Lunatic asylums Madras 1877-1891 - 1877-1891
Year: 1877
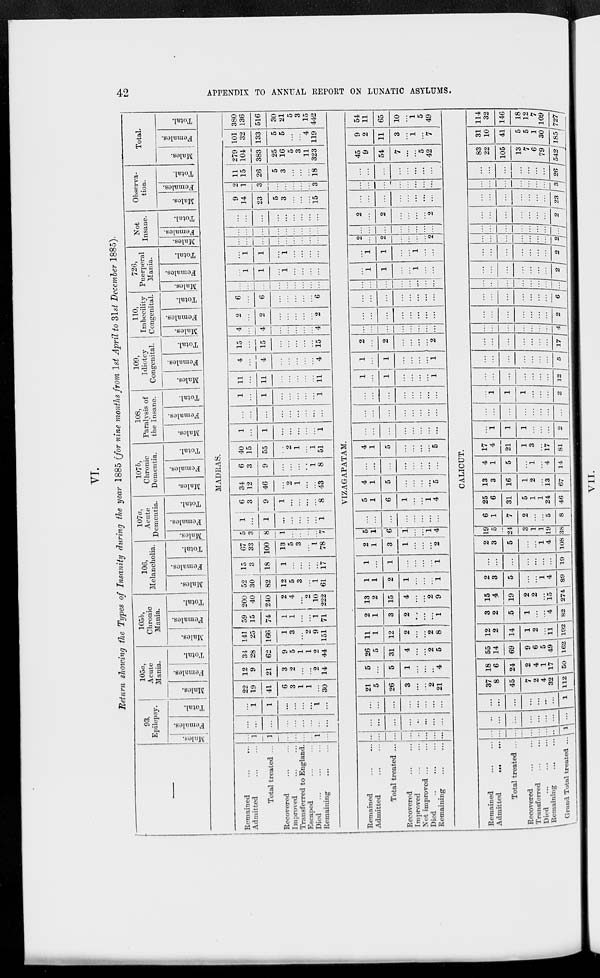
42
APPENDIX TO ANNUAL REPORT ON LUNATIC ASYLUMS.
VI.
Return showing the Types of Insanity during the year 1885 for nine months from 1st April to 31st December 1885).
93,
Epilepsy.
Males.
Females.
Total.
105a,
Acute
Mania.
Males.
Females.
Total.
105 b,
Chronic
Mania.
Males.
Females.
Total.
106,
Melancholia.
Males.
Females.
Total.
107a,
Acute
Dementia.
Males.
|
Females.
Total.
107b,
Chronic
Dementia.
Males.
Females.
Total.
108,
Paralysis of
the Insane.
Males.
Females.
Total.
109,
Idiotcy
Congenital.
Males.
Females.
Total.
110,
Imbecility
Congenital.
Males.
Females.
Total.
726,
Puerperal
Mania.
Males.
Females.
Total.
Not
Insane.
Males.
Females.
Total.
Observa-
tion.
Males.
Females.
Total.
Total.
Males.
Females.
Total.
MADRAS.
Remained
...
...
Admitted ... ...
Total treated ...
Recovered
...
...
Improved ... ...
Transferred to England.
Escaped ... ...
Died
...
...
Remaining ... ...
...
1
1
...
...
...
...
1
...
...
...
...
...
...
...
...
...
...
...
1
1
...
...
...
...
1
...
22
19
41
6
3
1
1
...
30
12
9
21
3
2
...
...
2
14
34
28
62
9
5
1
1
2
44
141
25
166
1
3
...
2
9
151
59
15
74
1
1
...
...
1
71
200
40
240
2
4
...
2
10
222
52
30
82
12
5
3
...
1
61
15
3
18
1
...
...
...
...
17
67
33
100
13
5
3
...
1
78
5
3
8
1
...
...
...
...
7
1
...
1
...
...
...
...
...
1
6
3
9
1
...
...
...
...
8
34
12
46
...
2
1
...
...
43
6
3
9
...
...
...
...
1
8
40
15
55
...
2
1
...
1
51
1
...
1
...
...
...
...
...
1
...
...
...
...
...
...
...
...
...
1
...
1
...
...
...
...
...
1
11
...
11
...
...
...
...
...
11
4
...
4
...
...
...
...
...
4
15
...
15
...
...
...
...
...
15
4
...
4
...
...
...
...
...
4
2
...
2
...
...
...
...
...
2
6
...
6
...
...
...
...
...
6
...
...
...
...
...
...
...
...
...
...
1
1
...
1
...
...
...
...
...
1
1
...
1
...
...
...
...
...
...
...
...
...
...
...
...
...
...
...
...
...
...
...
...
...
...
...
...
...
...
...
...
...
...
...
9
14
23
5
3
...
...
...
15
2
1
3
...
...
...
...
...
3
11
15
26
5
3
...
...
...
18
279
104
383
25
16
5
3
11
323
101
32
133
5
5
...
...
4
119
380
136
516
30
21
5
3
15
442
VIZAGAPATAM.
Remained
...
...
Admitted
...
...
Total treated ...
Recovered ... ...
Improved ... ...
Not improved ... ...
Died
...
...
...
Remaining
...
...
...
...
...
...
..
...
...
...
...
...
...
..
...
...
...
...
...
...
...
...
...
...
...
21
5
26
3
...
...
2
21
5
...
5
1
...
...
...
4
26
5
31
4
...
...
2
5
11
1
12
2
...
...
2
8
2
1
3
2
...
...
...
1
13
2
15
4
...
...
2
9
1
1
2
1
...
...
...
1
1
...
1
...
...
...
...
1
2
1
3
1
...
...
...
2
5
1
6
1
...
...
1
4
...
...
...
...
...
...
...
...
5
1
6
1
...
...
1
4
4
1
5
...
...
...
...
5
...
...
...
...
...
...
...
...
4
1
5
...
...
...
...
5
...
...
...
...
...
...
...
...
...
...
...
...
...
...
...
...
...
...
...
...
...
...
...
...
1
...
1
...
...
...
...
1
1
...
1
...
...
...
...
1
2
...
2
...
...
...
...
2
...
...
...
...
...
...
...
...
...
...
...
...
...
...
...
...
...
...
...
...
...
...
...
...
...
...
...
...
...
...
...
...
...
1
1
...
...
1
...
...
...
1
1
...
...
1
...
...
2
...
2
...
...
...
...
2
...
...
...
...
...
...
...
...
2
...
2
...
...
...
...
2
...
...
...
...
...
...
...
...
...
...
...
...
...
...
...
...
...
...
...
...
...
...
...
...
45
9
54
7
...
...
5
42
9
2
11
3
...
1
...
7
54
11
65
10
...
1
5
49
CALICUT.
Remained ... ...
Admitted ... ...
Total treated ...
Recovered
...
...
Transferred
...
...
Died ... ... ...
Remaining ... ...
Grand Total treated ...
...
...
...
...
...
...
..
1
...
...
...
...
...
...
....
...
...
...
...
...
...
...
...
1
37
8
45
7
2
4
32
112
18
6
24
2
4
1
17 50
55
14
69
9
6
5
49
162
12
2
14
1
2
...
11
192
3
2
5
1
...
...
4
82
15
4
19
2
2
...
15
274
2
3
5
...
...
1
4
89
...
...
...
...
...
...
...
19
2
3
5
...
...
1
4
108
19
5
24
3
1
1
19
38
6
1
7
2
...
...
5
8
25
6
31
5
1
1
24
46
13
3
16
1
2
...
13
67
4
1
5
...
1
...
4
14
17
4
21
1
3
...
17
81
...
1
1
1
...
...
...
2
...
...
...
...
...
...
...
...
...
1
1
1
...
...
...
2
...
...
...
...
...
...
...
12
...
...
...
...
...
...
...
5
...
...
...
...
... .
17
...
...
...
...
...
...
...
4
...
...
...
...
...
...
...
2
...
...
...
...
...
...
... .
6
...
...
...
...
...
...
...
...
...
...
...
...
...
...
...
2
...
...
...
...
...
...
...
2
...
...
...
...
...
...
...
2
...
...
...
...
...
...
...
...
...
...
...
...
...
...
...
2
...
...
...
...
...
...
... .
23
...
...
...
...
...
...
...
3
...
...
...
...
...
...
...
26
83
22
105
13
7
6
79
542
31
10
41
5
5
1
30
185
114
32
146
18
12
7
109
727